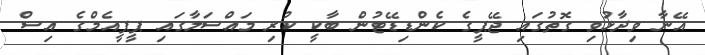
އޭނާ ވިދާޅުވި ގޮތުގައި ޖޭޕީގެ ކެންޑިޑޭޓުން ބާކީ ކުރި މައްސަލާގައި ޕީޕީއެމްގެ އިސް